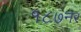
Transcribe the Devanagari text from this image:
१८७नर